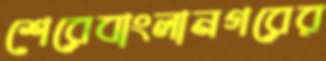
শেরেবাংলানগরের